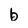
Character: b